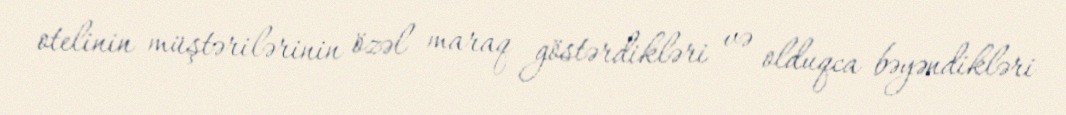
otelinin müştərilərinin özəl maraq göstərdikləri və olduqca bəyəndikləri